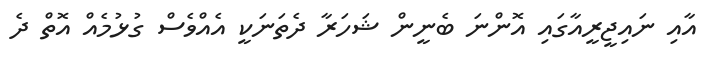
އާއި ނައިޖީރީއާގައި އޮންނަ ބެނީން ޝަހަރާ ދެތަނަކީ އެއްވެސް ގުޅުމެއް އޮތް ދެ